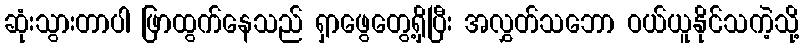
ဆုံးသွားတာပါ ဖြာထွက်နေသည် ရှာဖွေတွေ့ရှိပြီး အလွှတ်သဘော ဝယ်ယူနိုင်သကဲ့သို့